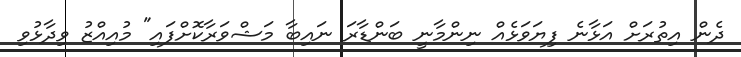
ދެން އިތުރަށް އަޅާނެ ފިޔަވަޅެއް ނިންމާނީ ބަންޑާރަ ނައިބާ މަޝްވަރާކޮށްފައި" މުއިއްޒު ވިދާޅުވި